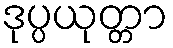
ဒုပ္ပယုတ္တာ